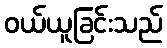
ဝယ်ယူခြင်းသည်